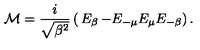
{ \cal M } = \frac { i } { \sqrt { { \mathrm { \boldmath \beta } } ^ { 2 } } } \left( \begin{matrix} { E _ { \mathrm { \boldmath \beta } } } & { - E _ { - { \mathrm { \boldmath \mu } } } } \\ { E _ { \mathrm { \boldmath \mu } } } & { E _ { - { \mathrm { \boldmath \beta } } } } \\ \end{matrix} \right) .